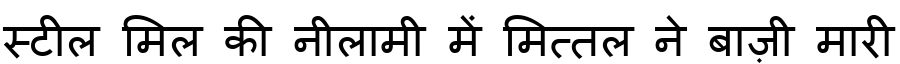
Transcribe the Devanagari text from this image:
स्टील मिल की नीलामी में मित्तल ने बाज़ी मारी